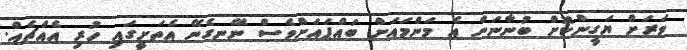
ވަރަށް ޔަގީންކޮށް ބުނާނަން އެ މަންމައަށް ބައްޕައަށްވެސް ނޭނގެނޭ އެތަށީގައި ހުރި އެއްޗެއް.